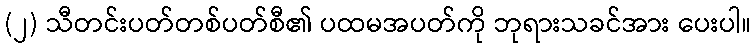
(၂) သီတင်းပတ်တစ်ပတ်စီ၏ ပထမအပတ်ကို ဘုရားသခင်အား ပေးပါ။